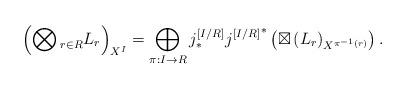
LaTeX: \begin{align*}\left(\bigotimes{}^{}_{r \in R} L_r\right)_{X^I} = \bigoplus_{\pi : I \rightarrow R} j^{[I/R]}_* {j^{[I/R]}}^* \left( \boxtimes \left(L_r\right)_{X^{\pi^{-1}(r)}} \right).\end{align*}